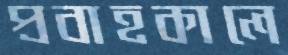
প্রবাহকালে